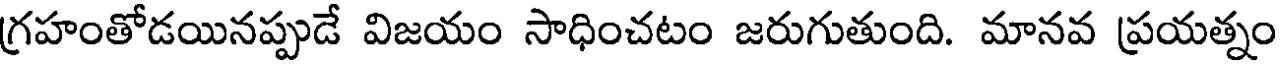
గ్రహంతోడయినప్పుడే విజయం సాధించటం జరుగుతుంది. మానవ ప్రయత్నం